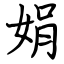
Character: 娟